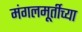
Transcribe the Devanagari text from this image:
मंगलमूर्तीच्या